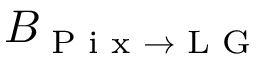
B _ { \textrm { P i x } \rightarrow \textrm { L G } }